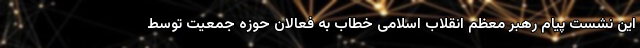
این نشست پیام رهبر معظم انقلاب اسلامی خطاب به فعالان حوزه جمعیت توسط